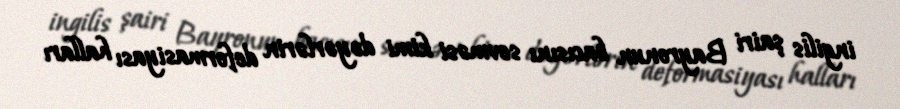
ingilis şairi Bayronun bacısını sevməsi kimi dəyərlərin deformasiyası halları